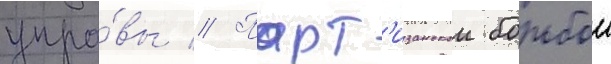
упра́вы // Парт'изанскои борьбои